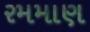
રમમાણ